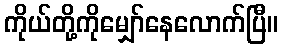
ကိုယ်တို့ကိုမျှော်နေလောက်ပြီ။